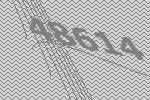
48614